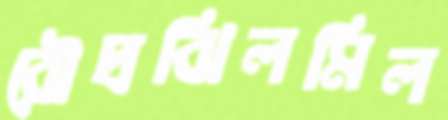
রৌদ্রঝিলমিল